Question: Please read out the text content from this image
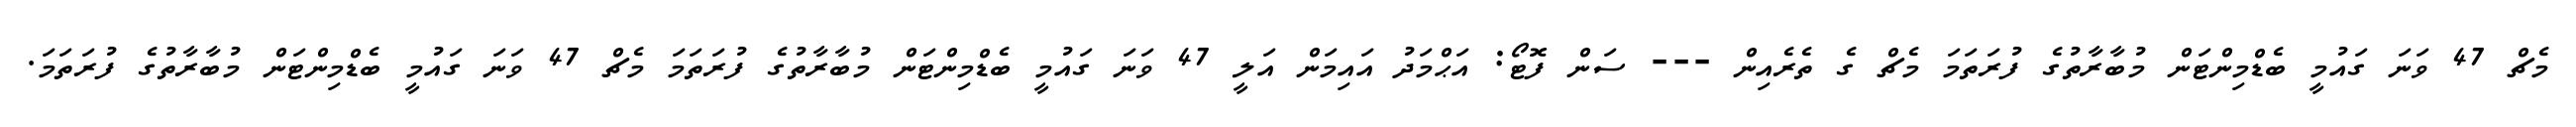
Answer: މެޗް 47 ވަނަ ގައުމީ ބެޑްމިންޓަން މުބާރާތުގެ ފުރަތަމަ މެޗް ގެ ތެރެއިން --- ސަން ފޮޓޯ: އަޙްމަދު އައިމަން އަލީ 47 ވަނަ ގައުމީ ބެޑްމިންޓަން މުބާރާތުގެ ފުރަތަމަ މެޗް 47 ވަނަ ގައުމީ ބެޑްމިންޓަން މުބާރާތުގެ ފުރަތަމަ.